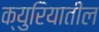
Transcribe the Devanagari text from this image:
क्युरियातील